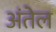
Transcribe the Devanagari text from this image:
अंतेल